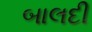
બાલદી